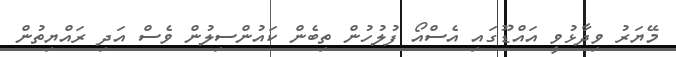
މޭޔަރު ވިދާޅުވީ އައްޑޫގައި އެސްއޯ ފުލުހުން ތިބެން ކައުންސިލުން ވެސް އަދި ރައްޔިތުން